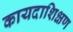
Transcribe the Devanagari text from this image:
कायदाशिक्षण